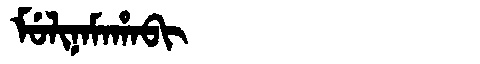
Manchu: ᠮᡠᠯᡳᠨᠠᠮᠠᡥᠠᠪᡳ
Romanization: MULINAMAHABI